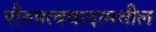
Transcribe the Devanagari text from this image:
पौरुषत्ववादामधील